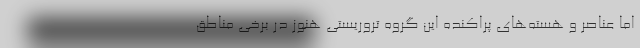
اما عناصر و هسته‌های پراکنده این گروه تروریستی هنوز در برخی مناطق